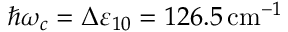
\hbar \omega _ { c } = \Delta \varepsilon _ { 1 0 } = 1 2 6 . 5 \, \mathrm { c m } ^ { - 1 }